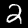
Digit: 2